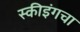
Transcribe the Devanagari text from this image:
स्कीइंगचा